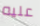
عليه